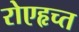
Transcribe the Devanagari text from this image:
रोएहृच्त